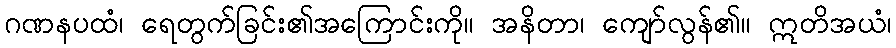
ဂဏနပထံ၊ ရေတွက်ခြင်း၏အကြောင်းကို။ အနိတာ၊ ကျော်လွန်၏။ ဣတိအယံ၊